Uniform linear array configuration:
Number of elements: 48
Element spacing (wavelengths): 0.5
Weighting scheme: cosine
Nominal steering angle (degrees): -60
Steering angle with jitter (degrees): -61.221
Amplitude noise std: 0.05
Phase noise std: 0.05

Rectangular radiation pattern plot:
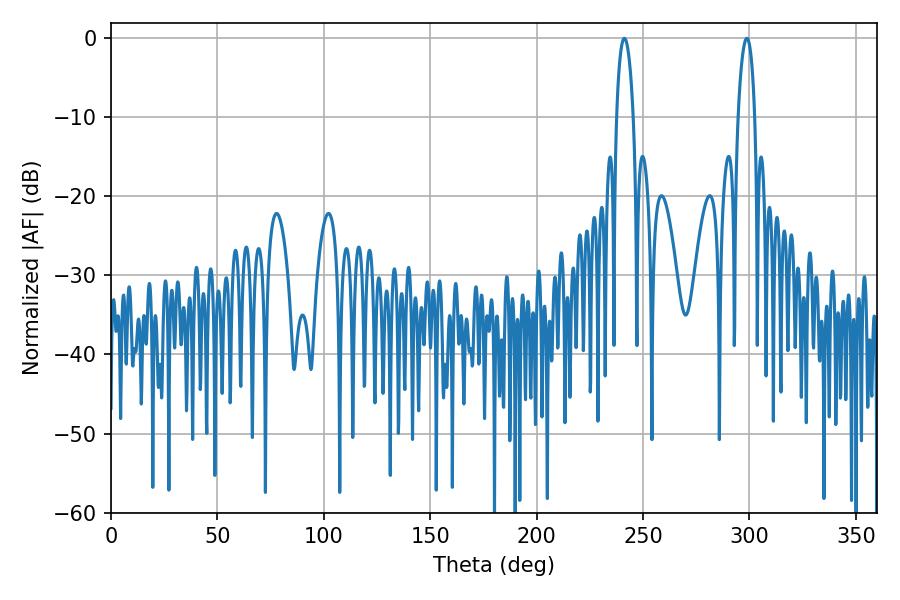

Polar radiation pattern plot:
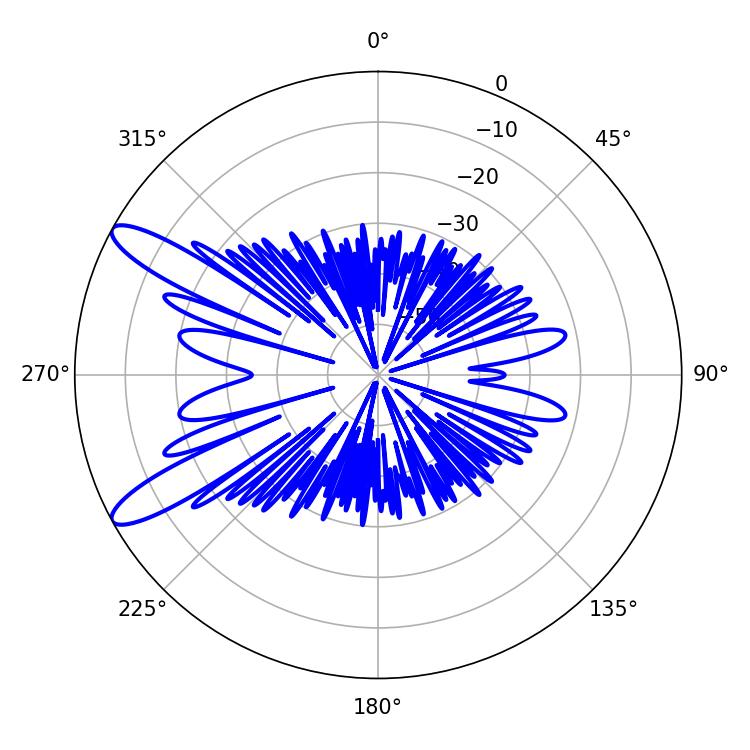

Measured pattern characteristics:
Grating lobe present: FALSE
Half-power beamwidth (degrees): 4.5
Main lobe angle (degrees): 241.2